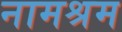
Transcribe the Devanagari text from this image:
नामश्रम